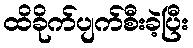
ထိခိုက်ပျက်စီးခဲ့ပြီး